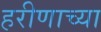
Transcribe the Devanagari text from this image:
हरीणाच्या